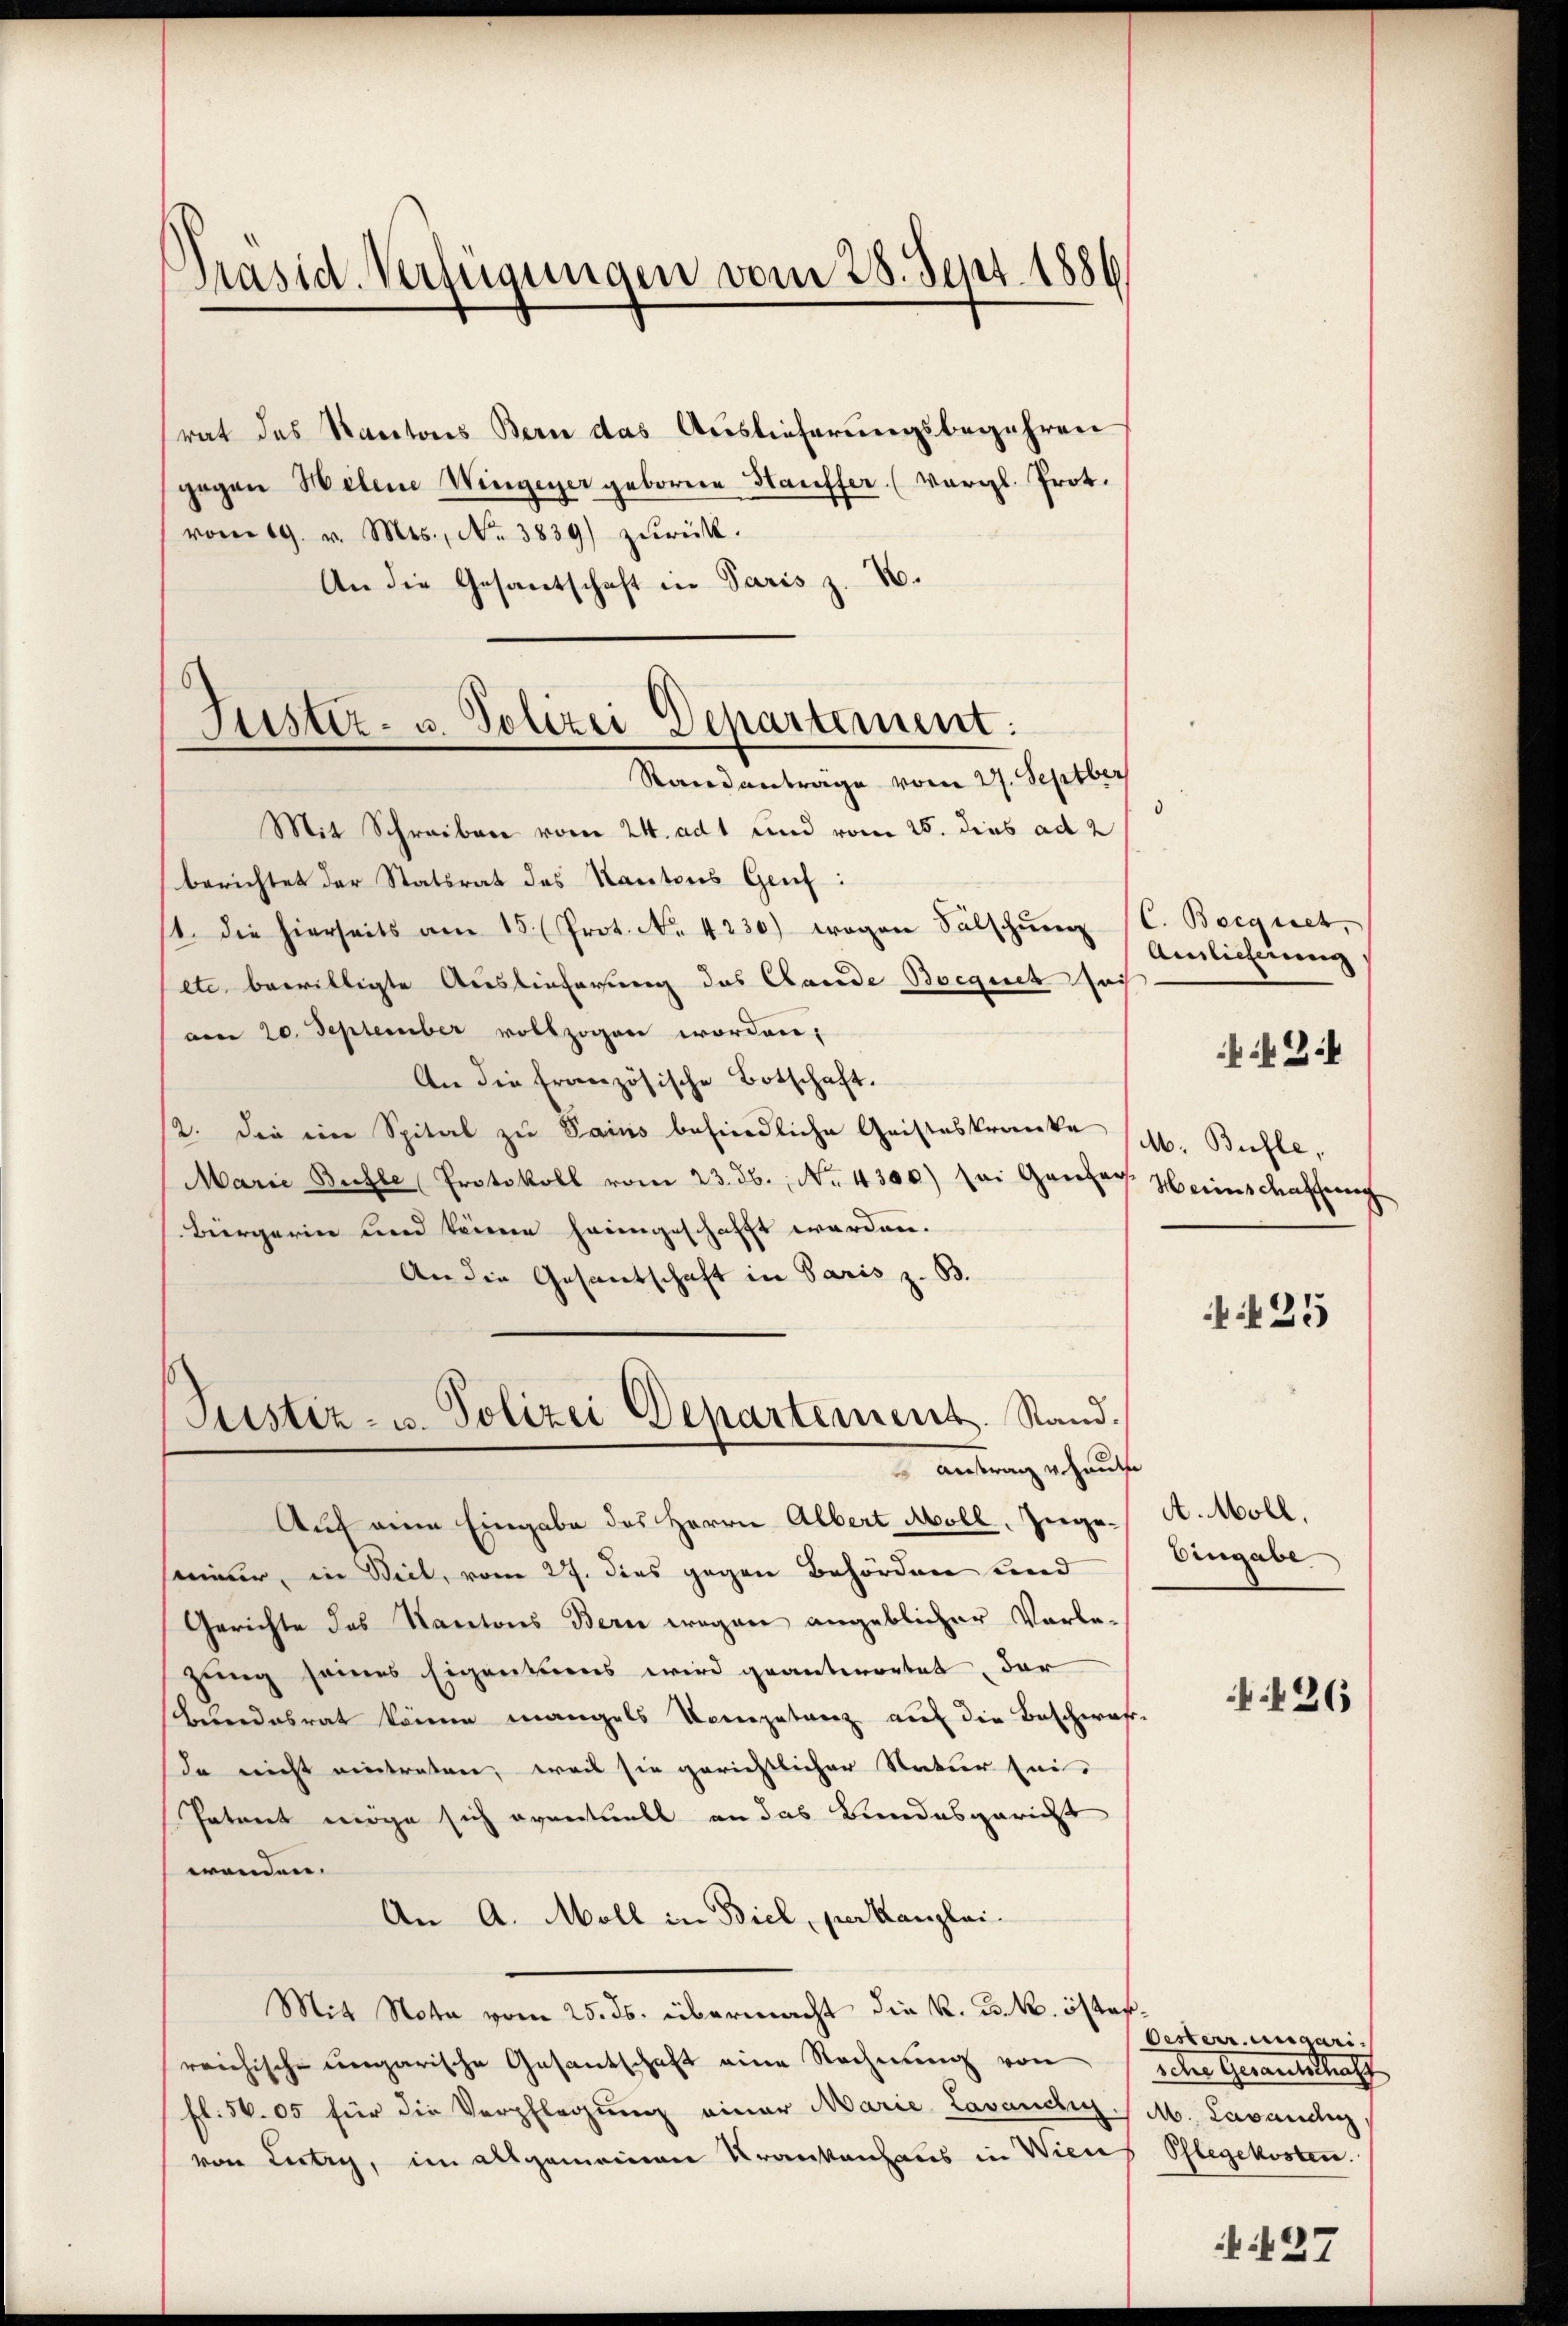
An die Gesantschaft in Paris z. B.

Präsid. Verfügungen vom 28. Sent. 1886

rat das Kantons Bern das Auslieferungsbegehren
gegen Helene Wiegener geborene Hauffer (vergl. Prot.
vom 19. v. Mts., Nr. 3839) zŭrück.

Justiz- u. Polizei Departement:

Justiz- u. Polizei Departement. Stand.
antrag erhaupte

Standantrage vom 27. Septber
Mit Schreiben vom 24. adt und vom 25. dies ad 2
berichtet der Statsrat des Kantons Genf:
1. die hierseits am 15. (Prot. No. 4230) wogen Fälschŭng (C. Becquet,
etc. bewilligte Auslieferung des Cande Boegnet sich
am 20. September vollzogen worden;
An die französische Botschaft.
2. Die ein Spital zu Sains befindliche Geisteskranke (M. Bühle,
Marie Bühle Protokoll vom 23. ds., No. 4300) sei Ganzer Heinschaffung
Bürgerin und keinen heimgeschafft worden.
An die Gesantschaft in Paris z. B.
Auf eine Eingabe des Herrn Albert Moll, zugeseiner, in Beil, vom 27. dies gegen Behörden und
Gerichte des Kantons Bern wegen angeblicher Vorlezung seines Eigentuens wird geantwortet, dar
Bundesrat könne mangels Kompetanz auf die Beschwähr-
da nicht eintreten, weil sie gerichtlicher Natur sei-
Patent möge sich eventuell an das Bundesgericht
wenden.
An A. Moll in Biel, per Kanzlei-
Mit Nota vom 25. ds. übermacht die k. k. k. österreichische ungarische Gesantschaft eine Rechnung von
fl. 56. 05 für die Verpflegung einer Marie Lavandig.
von Littry, im allgemeinen Krankenhaus in Wien

d

Amlicherung

34

25

A. Moll.
Eingabe

426

Oesterr. ungarireter Genantschaff
M. Lavandig
Pflegekosten.

. 437